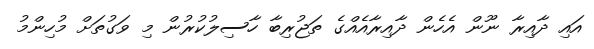
އައި ދާއިރާ ނޫން އެހެން ދާއިރާއެއްގެ ތަޖުރިބާ ހާސިލުކުރުން މި ވަގުތަށް މުހިންމު